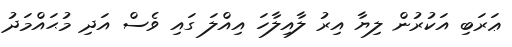
ޢަރަބި އަކުރުން ލިޔާ އިރު ލާއިލާހަ އިއްލަ ގައި ވެސް އަދި މުޙައްމަދު